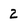
Character: 2